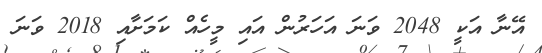
އޭނާ އަކީ 2048 ވަނަ އަހަރުން އައި މީހެއް ކަމަށާއި 2018 ވަނަ